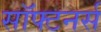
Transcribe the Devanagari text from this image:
सॉफ्टनर्स